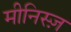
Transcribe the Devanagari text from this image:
मीनिस्ज़